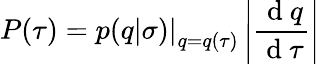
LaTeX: P(\tau)=\left.p(q|\sigma)\right|_{q=q(\tau)}\left|\frac{\mathrm{~d~}q}{\mathrm{~d~}\tau}\right|